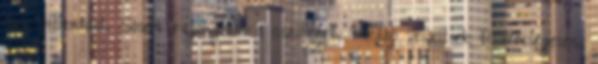
egy pillantást. Sosem rajongtam a csalókért. Inkább veszítsek tisztességesen,